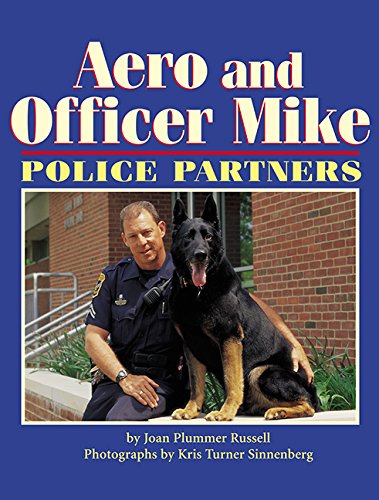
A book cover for Aero and Officer Mike: Police Partners; Joan Russell; Children's Books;